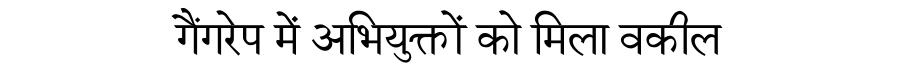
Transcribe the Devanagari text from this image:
गैंगरेप में अभियुक्तों को मिला वकील